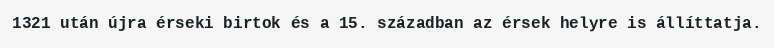
1321 után újra érseki birtok és a 15. században az érsek helyre is állíttatja.